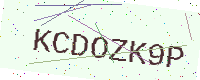
Text: KCDOZK9P